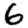
Digit: 6